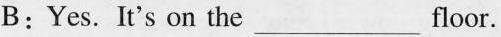
B:Yes. It's on the___floor.